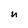
Character: n